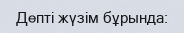
Депті жүзім бұрында: